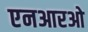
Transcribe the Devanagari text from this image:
एनआरओ